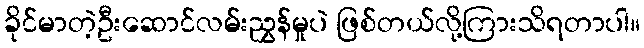
ခိုင်မာတဲ့ဦးဆောင်လမ်းညွှန်မှုပဲ ဖြစ်တယ်လို့ကြားသိရတာပါ။